Vaccination in Bombay 1924-1928 - 1924-1928
Year: 1924
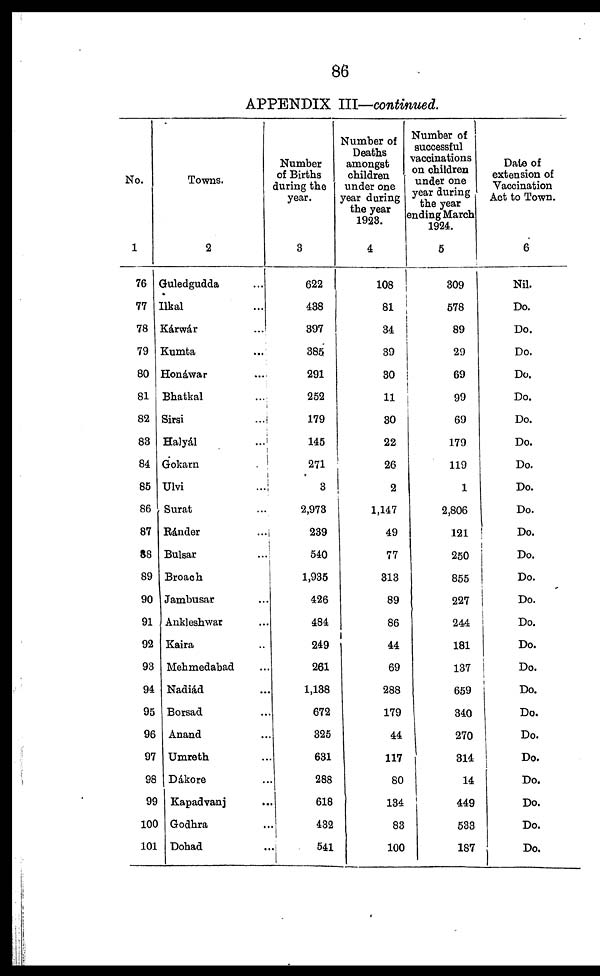
86
APPENDIX III—continued.
No.
1
76
77
78
79
80
81
82
83
84
85
86
87
88
89
90
91
92
93
94
95
96
97
98
99
100
101
Towns.
2
Guledgudda ...
Ilkal ...
Kárwár ...
Kumta ...
Honáwar ...
Bhatkal ...
Sirsi
...
Halyál
...
Gokarn ...
Ulvi ...
Surat ...
Ránder ...
Bulsar ...
Broach ...
Jambusar ...
Ankleshwar ...
Kaira ...
Mehmedabad ...
Nadiád ...
Borsad ...
Anand ...
Umreth ...
Dákore ...
Kapadvanj ...
Godhra ...
Dohad ...
Number
of Births
during the
year.
3
622
438
397
385
291
252
179
145
271
3
2,973
239
540
1,935
426
484
249
261
1,138
672
325
631
288
618
432
541
Number of
Deaths
amongst
children
under one
year during
the year
1923.
4
108
81
34
39
30
11
30
22
26
2
1,147
49
77
313
89
86
44
69
288
179
44
117
80
134
83
100
Number of
successful
vaccinations
on children
under one
year during
the year
ending March
1924.
5
309
578
89
29
69
99
69
179
119
1
2,806
121
250
855
227
244
181
137
659
340
270
314
14
449
533
187
Date of
extension of
Vaccination
Act to Town.
6
Nil.
Do.
Do.
Do.
Do.
Do.
Do.
Do.
Do.
Do.
Do.
Do.
Do.
Do.
Do.
Do.
Do.
Do.
Do.
Do.
Do.
Do.
Do.
Do.
Do.
Do.